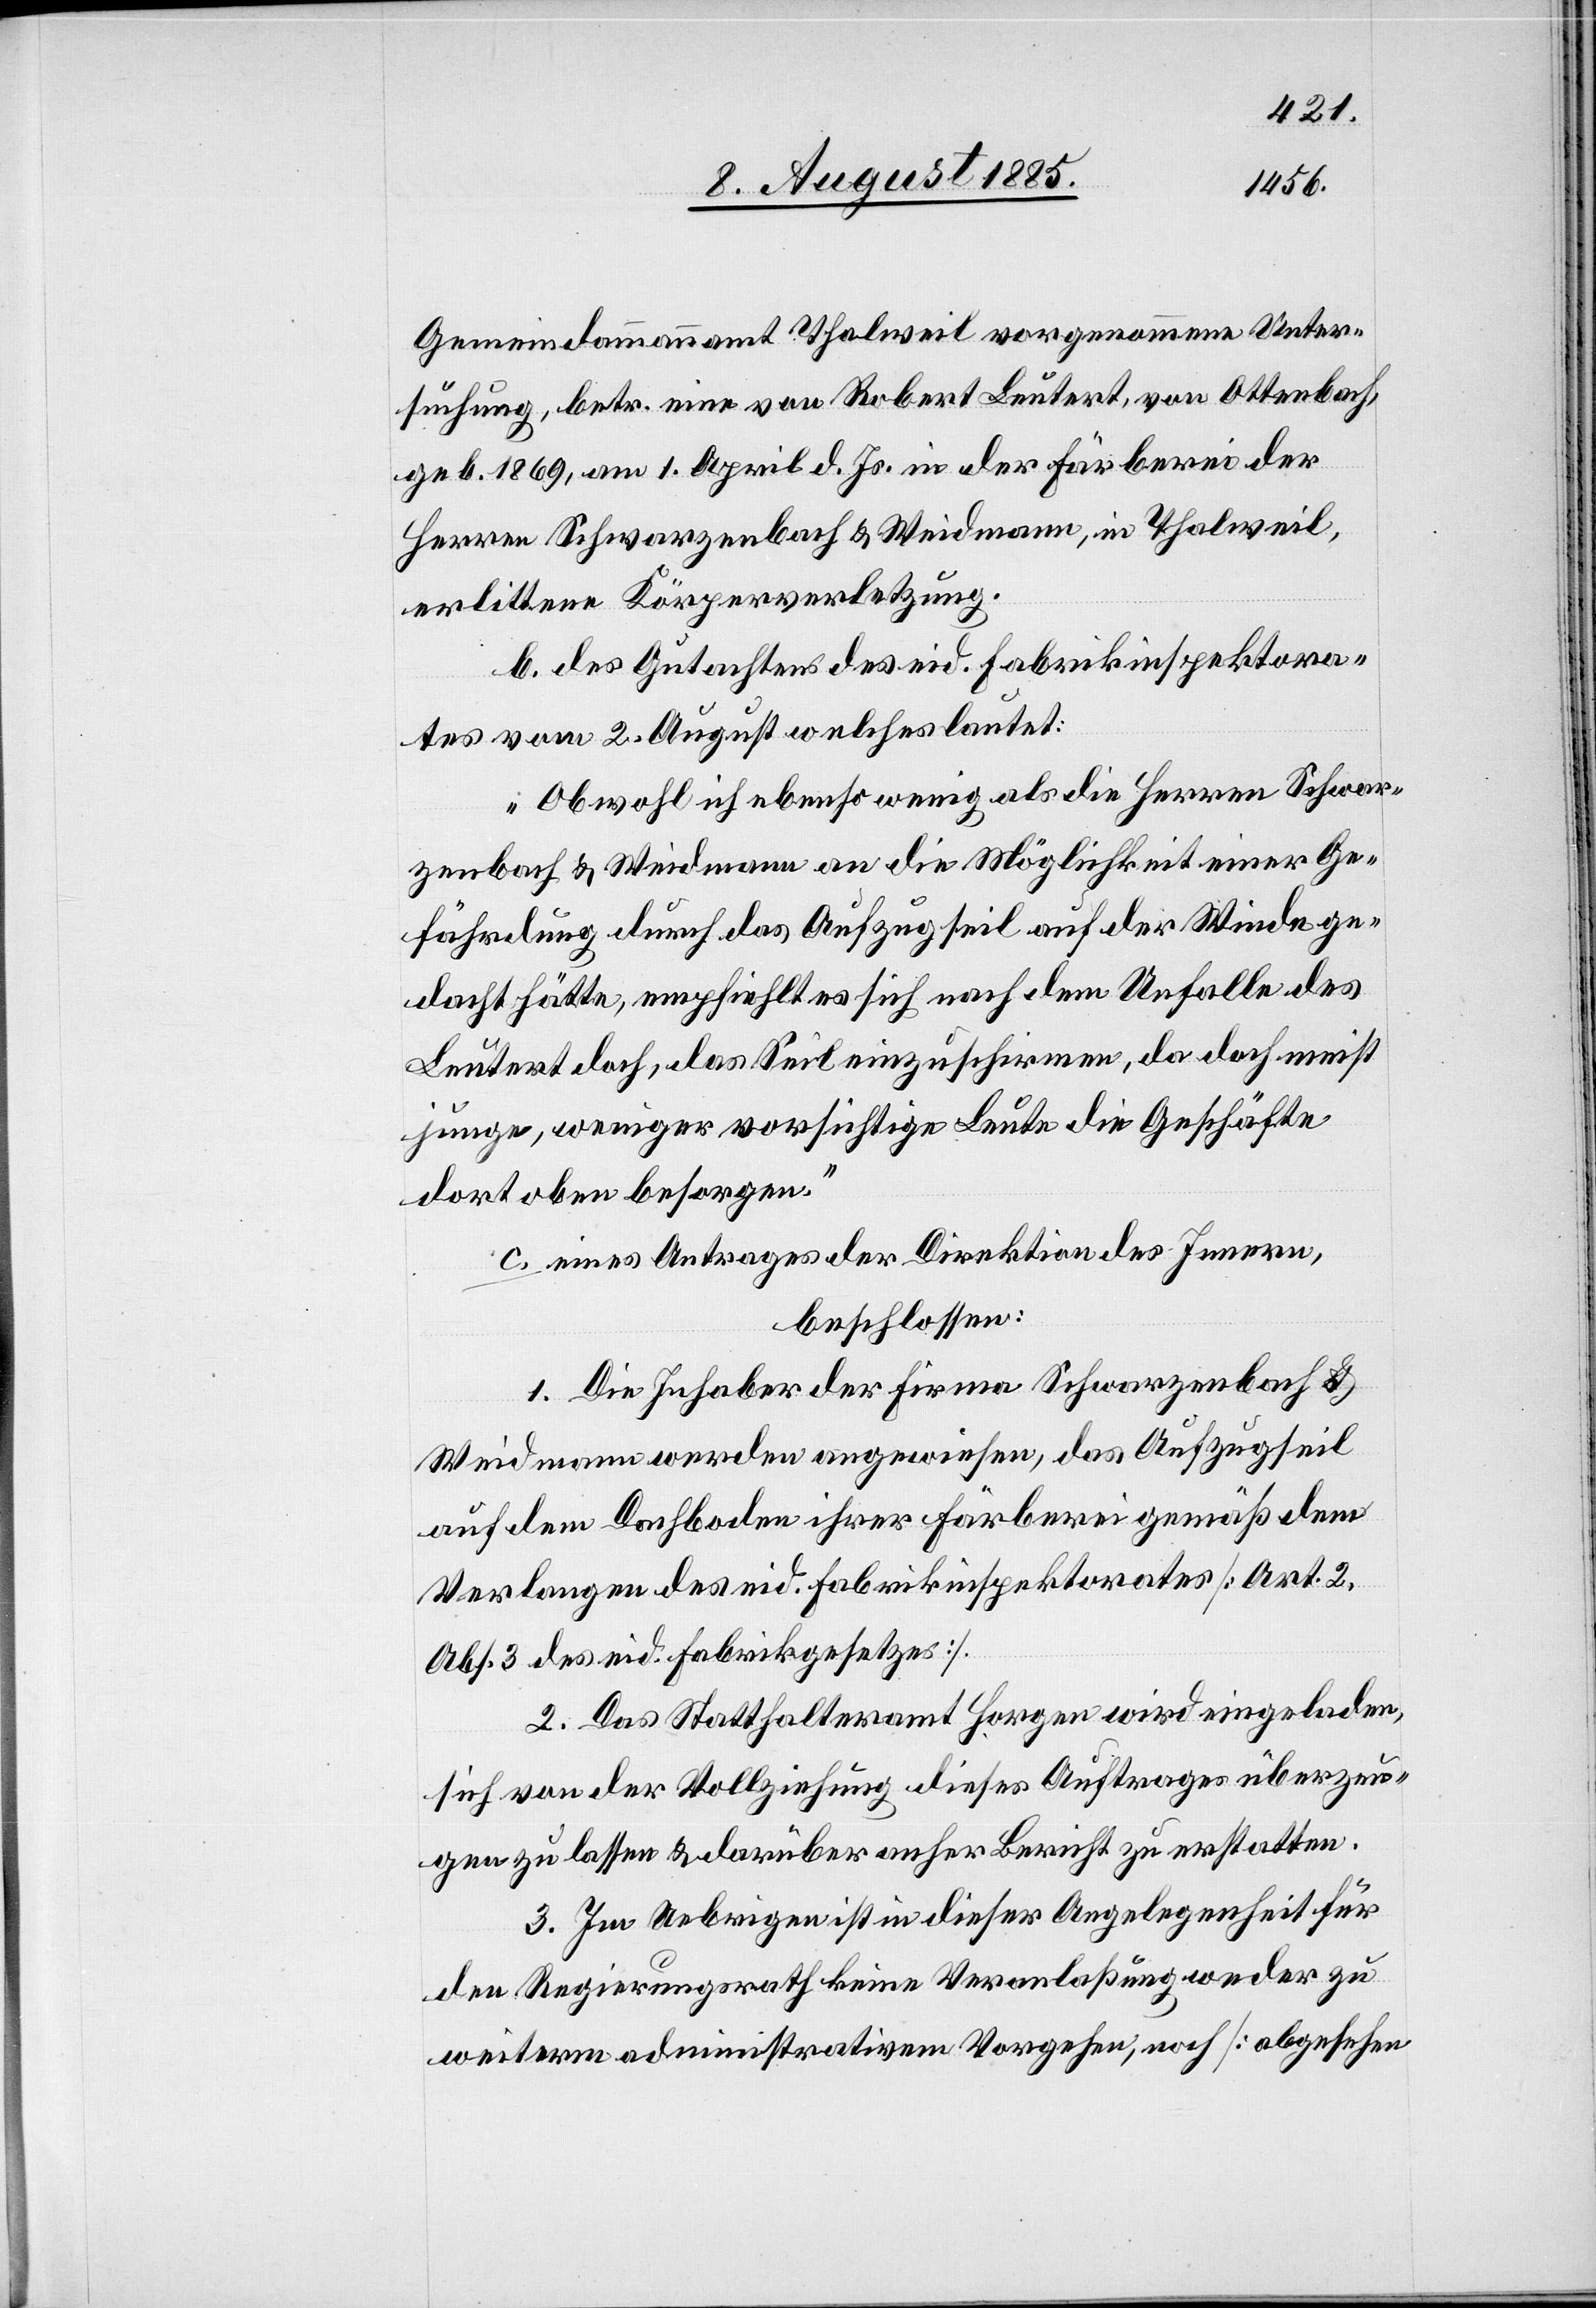
Gemeindammannamt Thalweil vorgenommene Unter¬
suchung, betr. eine von Robert Leutert, von Ottenbach,
geb. 1869, am 1. April d. Js. in der Färberei der
Herren Schwarzenbach & Weidmann, in Thalweil,
erlittene Körperverletzung.
b. des Gutachtens des eid. Fabrikinspektora¬
tes vom 2. August welches lautet:
„Obwohl ich ebenso wenig als die Herren Schwar¬
zenbach & Weidmann an die Möglichkeit einer Ge¬
fährdung durch das Aufzugseil auf der Winde ge¬
dacht hätte, empfiehlt es sich nach dem Unfalle des
Leutert doch, das Seil einzuschirmen, da doch meist
junge, weniger vorsichtige Leute die Geschäfte
dort oben besorgen.“
c. eines Antrages der Direktion des Innern,
beschlossen:
1. Die Inhaber der Firma Schwarzenbach &
Weidmann werden angewiesen, das Aufzugseil
auf dem Dachboden ihrer Färberei gemäß dem
Verlangen des eid. Fabrikinspektorates [Art. 2,
Abs. 3 des eid. Fabrikgesetzes].
2. Das Statthalteramt Horgen wird eingeladen,
sich von der Vollziehung dieses Auftrages überzeu¬
gen zu lassen & darüber anher Bericht zu erstatten.
3. Im Uebrigen ist in dieser Angelegenheit für
den Regierungsrath keine Veranlaßung weder zu
weiterm administrativem Vorgehen, noch [abgesehen